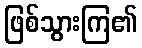
ဖြစ်သွားကြ၏